Annual administration and progress report of the Indian Medical Department, Bombay
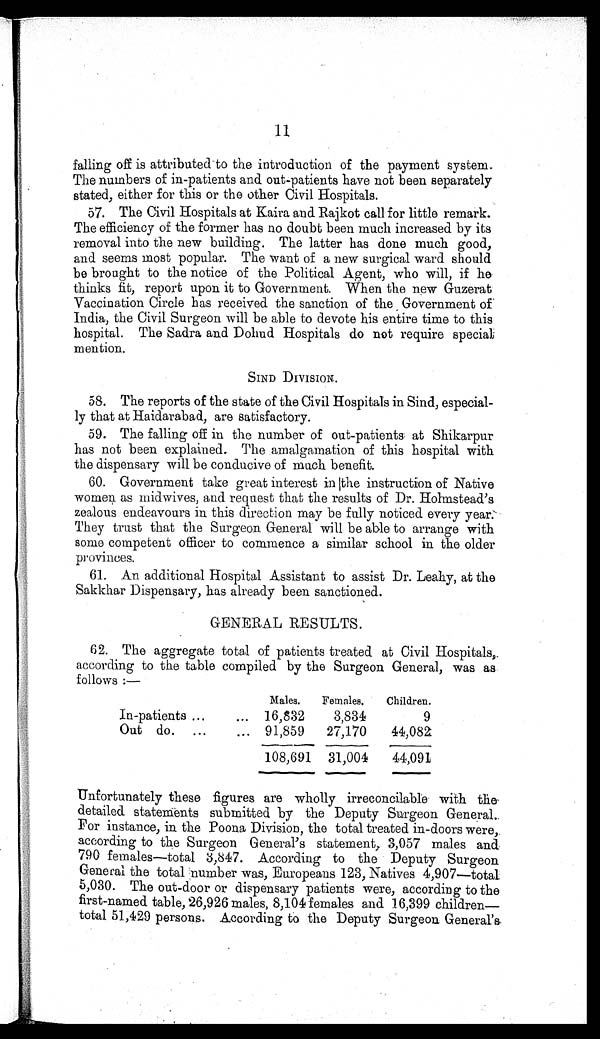
falling off is attributed to the introduction of the payment system.
The numbers of in-patients and out-patients have not been separately
stated, either for this or the other Civil Hospitals.
57. The Civil Hospitals at Kaira and Rajkot call for little remark.
The efficiency of the former has no doubt been much increased by its
removal into the new building. The latter has done much good,
and seems most popular. The want of a new surgical ward should
be brought to the notice of the Political Agent, who will, if he
thinks fit, report upon it to Government. When the new Guzerat
Vaccination Circle has received the sanction of the Government of
India, the Civil Surgeon will be able to devote his entire time to this
hospital. The Sadra and Dohud Hospitals do not require special
mention.
SIND DIVISION.
58. The reports of the state of the Civil Hospitals in Sind, especial-
ly that at Haidarabad, are satisfactory.
59. The falling off in the number of out-patients at Shikarpur
has not been explained. The amalgamation of this hospital with
the dispensary will be conducive of much benefit.
60. Government take great interest in the instruction of Native
women as midwives, and request that the results of Dr. Hohmstead's
zealous endeavours in this direction may be fully noticed every year.
They trust that the Surgeon General will be able to arrange with
some competent officer to commence a similar school in the older
provinces.
61. An additional Hospital Assistant to assist Dr. Leahy, at the
Sakkhar Dispensary, has already been sanctioned.
GENERAL RESULTS.
.
62. The aggregate total of patients treated at Civil Hospitals,
according to the table compiled by the Surgeon General, was as
follows :—
Males.
Females.
Children.
In-patients ...
... 16,832
3,834
9
Out do. ...
... 91,859
27,170
44,082
108,691 31,004
44,091
Unfortunately these figures are wholly irreconcilable with the
detailed statements submitted by the Deputy Surgeon General.
For instance, in the Poona Division, the total treated in-doors were,
according to the Surgeon General's statement, 3,057 males and
790 females—total 3,847. According to the Deputy Surgeon
General the total number was, Europeans 123, Natives 4,907—total
5,030. The out-door or dispensary patients were, according to the
first-named table, 26,926 males, 8,104 females and 16,399 children
— t o t a l 5 1 , 4 2 9 p e r s o n s . A c c o r d i n g t o t h e D e p u t y S u r g e o n G e n e r a l ' s